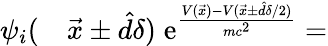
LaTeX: \begin{array}{rl}{\psi_{i}(}&{{}\vec{x}\pm\hat{d}\delta)\; \mathrm e^{\frac{V(\vec{x})-V(\vec{x}\pm\hat{d}\delta/2)}{mc^{2}}}=}\end{array}